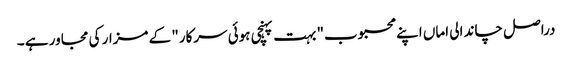
دراصل چاند الی اماں اپنے محبوب" بہت پہنچی ہوئی سرکار" کے مزار کی مجاور ہے ۔